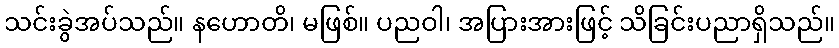
သင်းခွဲအပ်သည်။ နဟောတိ၊ မဖြစ်။ ပညဝါ၊ အပြားအားဖြင့် သိခြင်းပညာရှိသည်။